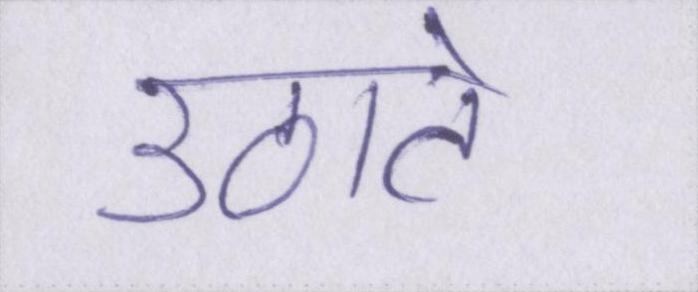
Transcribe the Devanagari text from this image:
उठाते